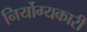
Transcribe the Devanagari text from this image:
निर्योग्यकारी